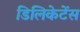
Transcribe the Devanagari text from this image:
डिलिकेटेंस